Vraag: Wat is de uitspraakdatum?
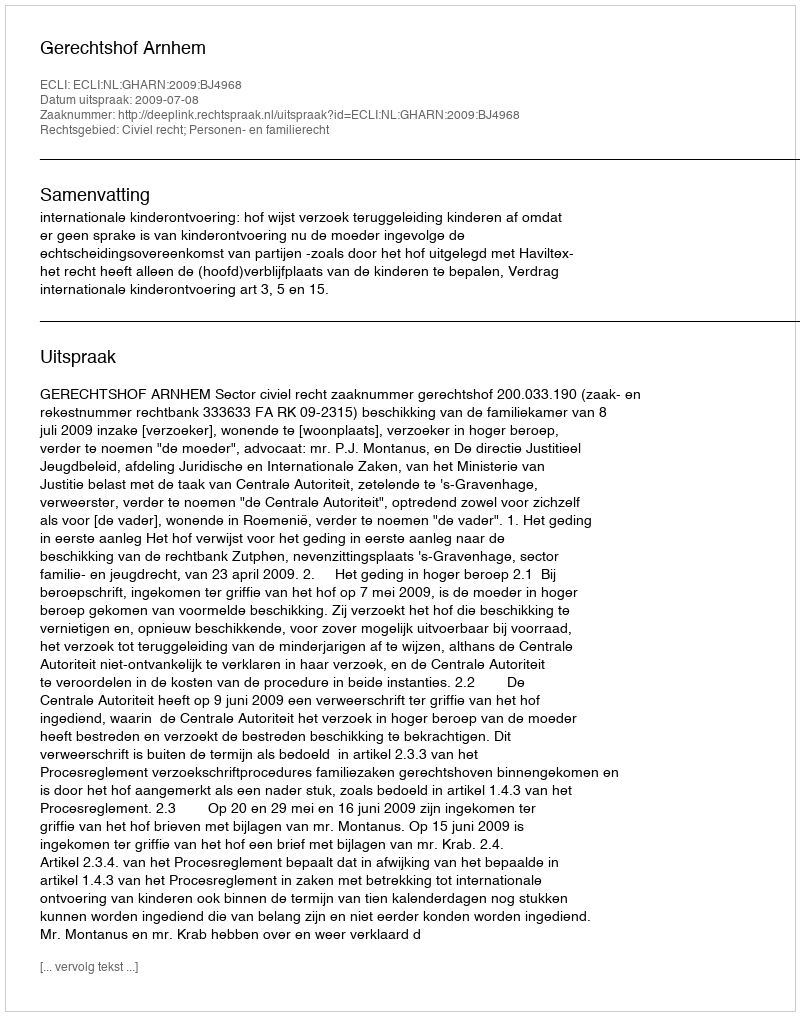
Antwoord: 2009-07-08